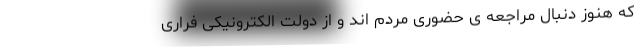
که هنوز دنبال مراجعه ‌ی حضوری مردم‌ اند و از دولت الکترونیکی فراری